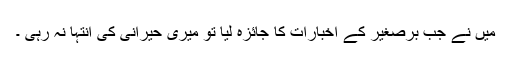
میں نے جب برصغیر کے اخبارات کا جائزہ لیا تو میری حیرانی کی انتہا نہ رہی ۔